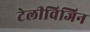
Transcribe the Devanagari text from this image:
टेलीविजिन